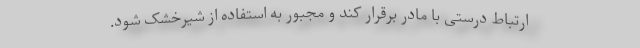
ارتباط درستی با مادر برقرار کند و مجبور به استفاده از شیرخشک شود.